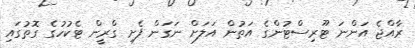
ރާއްޖެ އަންނަ ޓޫރިސްޓުންގެ އަތުން އަލަށް ނަގަން ފެށި ގްރީން ޓެކުހުގެ ގޮތުގައި